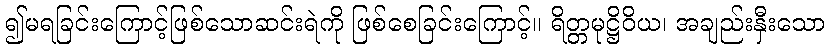
၍မရခြင်းကြောင့်ဖြစ်သောဆင်းရဲကို ဖြစ်စေခြင်းကြောင့်။ ရိတ္တမုဋ္ဌိဝိယ၊ အချည်းနှီးသော